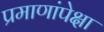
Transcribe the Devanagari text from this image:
प्रमाणांपेक्षा